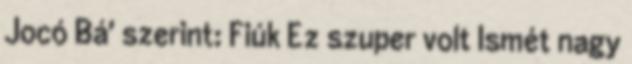
Jocó Bá' szerint: Fiúk Ez szuper volt Ismét nagy